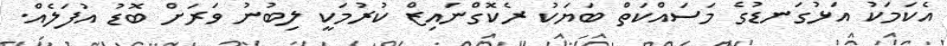
އެކަމަކު އަޅުގަނޑުގެ މަސައްކަތް ބަޔަކު ރެކޮގްނައިޒް ކުރުމަކީ ލިބުނު ވަރަށް ބޮޑު އުފަލެއް.